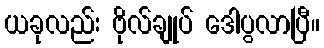
ယခုလည်း ဗိုလ်ချုပ် ဒေါပွလာပြီ။